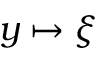
y \mapsto \xi